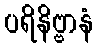
ပရိနိဗ္ဗာနံ